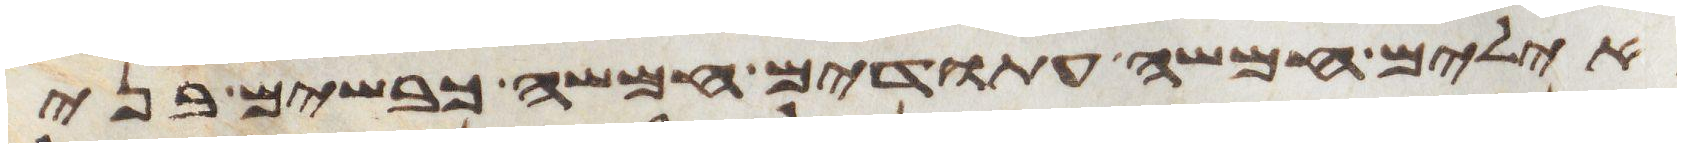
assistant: אילים חמשה עתודים חמשה כבשים בני